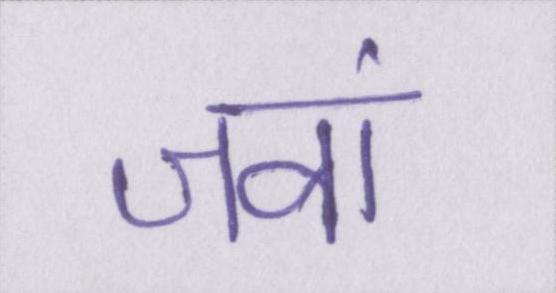
जवां